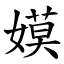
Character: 嫫